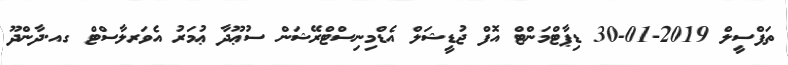
ތަފްސީލް 2019-01-30 ޑިޕާޓްމަންޓް އޮފް ޖުޑީޝަލް އެޑްމިނިސްޓްރޭޝަން ސުޢޫދާ ޢުމަރު އެވަރލާސްޓް ގއ.ދާންދޫ